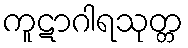
ကူဋာဂါရသုတ္တ